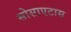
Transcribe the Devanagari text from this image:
सोसाएटास